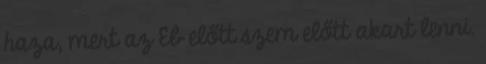
haza, mert az Eb előtt szem előtt akart lenni.